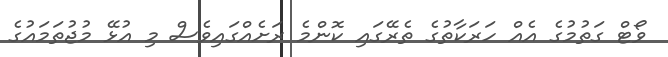
ވޯޓް ގަތުމުގެ އެއް ހަރަކާތުގެ ތެރޭގައި ކޮންމެ ރަށެއްގައިވެސް މި އުޅޭ މުޖުތަމައުގެ